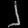
Digit: ၂